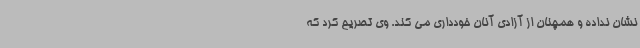
نشان نداده و همچنان از آزادی آنان خودداری می کند. وی تصریح کرد که